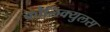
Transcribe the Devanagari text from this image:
कौलिक्युलस